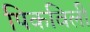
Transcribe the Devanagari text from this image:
पिकविली